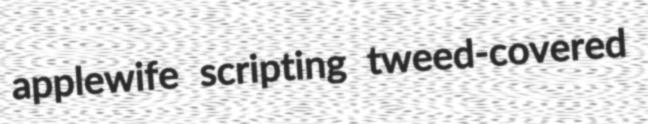
applewife scripting tweed-covered